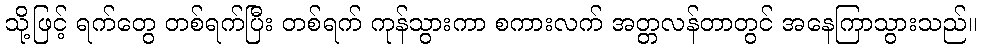
သို့ဖြင့် ရက်တွေ တစ်ရက်ပြီး တစ်ရက် ကုန်သွားကာ စကားလက် အတ္တလန်တာတွင် အနေကြာသွားသည်။